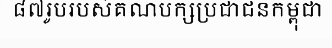
៨៧រូបរបស់គណបក្សប្រជាជនកម្ពុជា